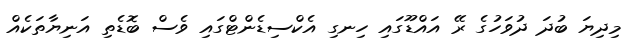
މިދިޔަ ބުދަ ދުވަހުގެ ރޭ އައްޑޫގައި ހިނގި އެކްސިޑެންޓްގައި ވެސް ބޮޑެތި އަނިޔާތަކެއް